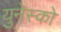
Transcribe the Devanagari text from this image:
युनेस्‍को